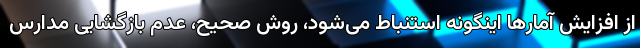
از افزایش آمارها اینگونه استنباط می‌شود، روش صحیح، عدم بازگشایی مدارس